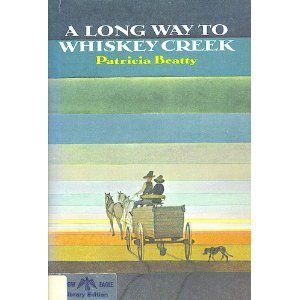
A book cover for A Long Way to Whiskey Creek.; Patricia Beatty; Teen & Young Adult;